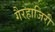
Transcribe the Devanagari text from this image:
गैरहाजिरी